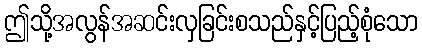
ဤသို့အလွန်အဆင်းလှခြင်းစသည်နှင့်ပြည့်စုံသော